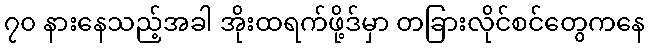
၇၀ နားနေသည့်အခါ အိုးထရက်ဖို့ဒ်မှာ တခြားလိုင်စင်တွေကနေ